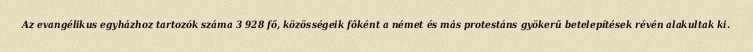
Az evangélikus egyházhoz tartozók száma 3 928 fő, közösségeik főként a német és más protestáns gyökerű betelepítések révén alakultak ki.